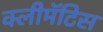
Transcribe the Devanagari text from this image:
क्लीमॅटिस